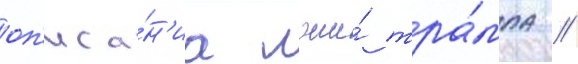
оп'иса́н'иа лжи́ тра́мпа //